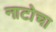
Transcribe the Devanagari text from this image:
नाटोचा